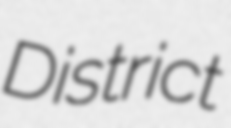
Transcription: District